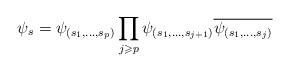
LaTeX: \begin{align*}\psi_s=\psi_{(s_1,\dots,s_p)}\prod_{j\geqslant p}\psi_{(s_1,\dots,s_{j+1})}\overline{\psi_{(s_1,\dots, s_j)}}\end{align*}